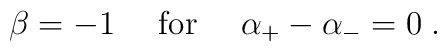
\beta=-1\quad\mbox{ for }\quad \alpha_{+}-\alpha_{-}=0\;.